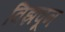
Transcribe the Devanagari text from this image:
विझवून